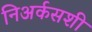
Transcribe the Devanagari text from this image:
निअर्कसशी